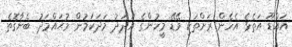
އައްޑޫ އަތެޅެ އެހެން ރަށްތަކި ވޭޑޭ މީހުންގެ އަދަދު މަދަކަމުން މުޙައްމަދު ބެނާގޮތެ